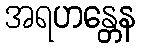
အရဟန္တေန